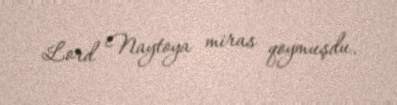
Lord Naytoya miras qoymuşdu.